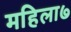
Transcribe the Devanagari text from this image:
महिला७